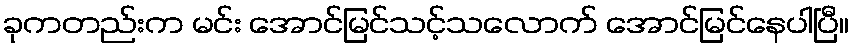
ခုကတည်းက မင်း အောင်မြင်သင့်သလောက် အောင်မြင်နေပါပြီ။